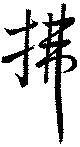
払